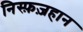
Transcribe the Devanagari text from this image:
निस्फ़ज़हान